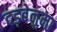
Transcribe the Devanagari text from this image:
दड़बेनुमा